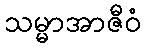
သမ္မာအာဇီဝံ